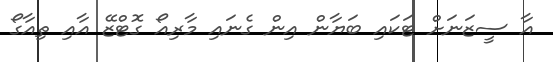
އާ ސީޒަނަށް ޓަކައި ބަޔާން އިން ގެނައި މާރިއޯ ގޮޓްޒޭ އާއި ތިއާގޯ